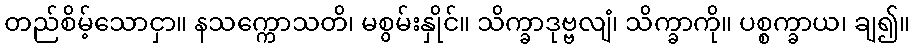
တည်စိမ့်သောငှာ။ နသက္ကောသတိ၊ မစွမ်းနှိုင်။ သိက္ခာဒုဗ္ဗလျံ၊ သိက္ခာကို။ ပစ္စက္ခာယ၊ ချ၍။